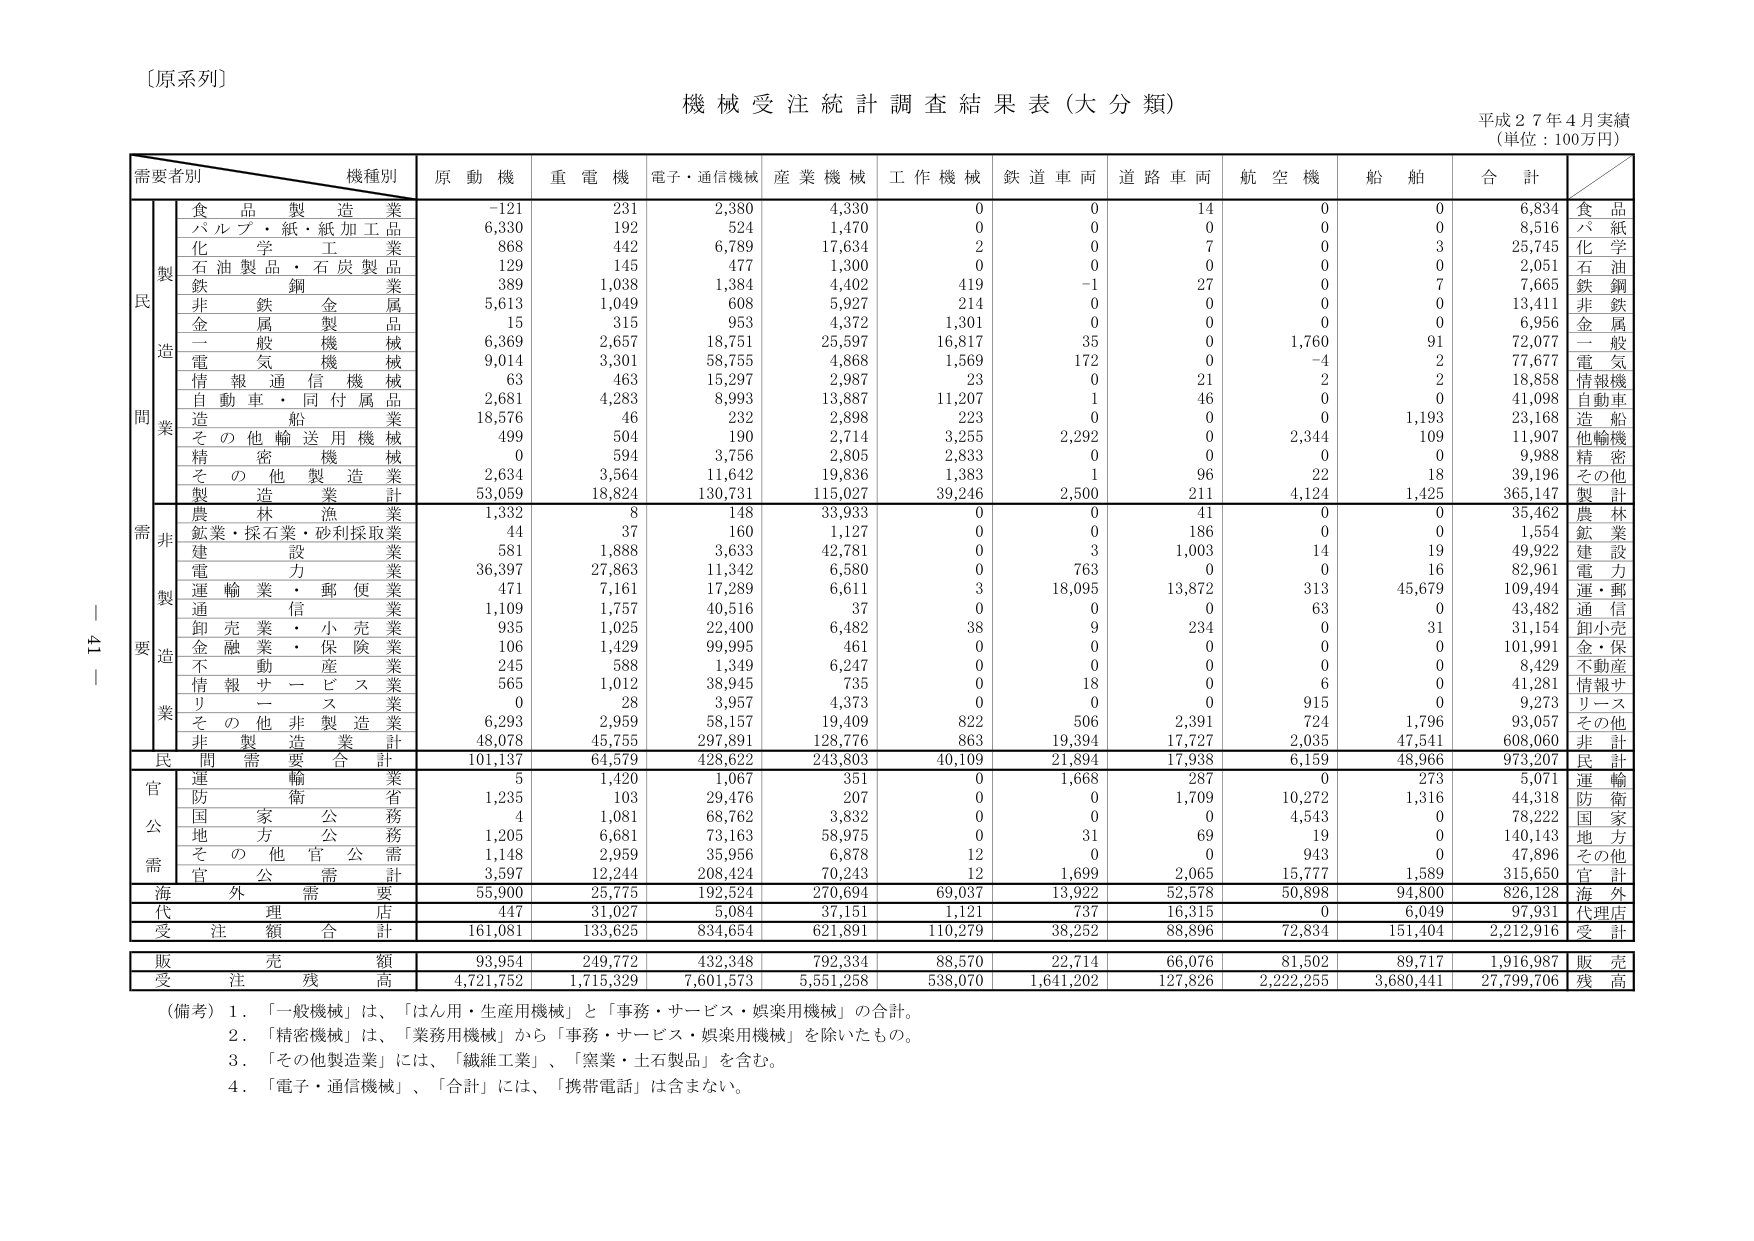
〔原系列〕

機械受注統計調査結果表（大分類）
平成２７年４月実績
（単位：100万円）

需要者別　　　　　　機種別　　　　　原動機　　重電機　　電子・通信機械　　産業機械　　工作機械　　鉄道車両　　道路車両　　航空機　　船舶　　合計

　　　　　　　　　　食品製造業　　　　-121　　　231　　　　2,380　　　　4,330　　　　0　　　　0　　　　14　　　　0　　　　0　　　　6,834　　食品
　　　　　　　　　　パルプ・紙・繊加工品　　6,330　　　192　　　　524　　　　1,470　　　　0　　　　0　　　　0　　　　0　　　　0　　　　8,516　　パ紙
　　　　　　　　　　化学工業　　　　　　868　　　　442　　　　6,789　　　　17,634　　　　2　　　　0　　　　7　　　　0　　　　3　　　　25,745　　化学
　　　　　　　　　　石油製品・石炭製品　　129　　　　145　　　　477　　　　1,300　　　　0　　　　0　　　　0　　　　0　　　　0　　　　2,051　　石油
　　　　　　　　　　鉄鋼業　　　　　　　389　　　　1,038　　　　1,384　　　　4,402　　　　419　　　　-1　　　　27　　　　0　　　　7　　　　7,665　　鉄鋼
　　　　　　　　　　非鉄金属業　　　　　5,613　　　1,049　　　　608　　　　5,927　　　　214　　　　0　　　　0　　　　0　　　　0　　　　13,411　　非鉄
　　　　　　　　　　金属製品業　　　　　15　　　　315　　　　953　　　　4,372　　　　1,301　　　　0　　　　0　　　　0　　　　0　　　　6,956　　金属
　　　　　　　　　　一般機械　　　　　　6,369　　　2,657　　　　18,751　　　　25,597　　　　16,817　　　　35　　　　0　　　　1,760　　　　91　　　　72,077　　一般
　　　　　　　　　　電気機械　　　　　　9,014　　　3,301　　　　58,755　　　　4,868　　　　1,569　　　　172　　　　0　　　　-4　　　　2　　　　77,677　　電気
　　　　　　　　　　情報通信機械　　　　63　　　　463　　　　15,297　　　　2,987　　　　23　　　　0　　　　21　　　　2　　　　2　　　　18,858　　情報機
　　　　　　　　　　自動車・同付属品　　2,681　　　4,283　　　　8,993　　　　13,887　　　　11,207　　　　1　　　　46　　　　0　　　　0　　　　41,098　　自動車
　　　　　　　　　　造船業　　　　　　　18,576　　　46　　　　232　　　　2,898　　　　223　　　　0　　　　0　　　　0　　　　1,193　　　23,168　　造船
　　　　　　　　　　その他輸送用機械　　499　　　　504　　　　190　　　　2,714　　　　3,255　　　　2,292　　　　0　　　　2,344　　　　109　　　　11,907　　他輸機
　　　　　　　　　　精密機械　　　　　　0　　　　594　　　　3,756　　　　2,805　　　　2,833　　　　0　　　　0　　　　0　　　　0　　　　9,988　　精密
　　　　　　　　　　その他製造業　　　　2,634　　　3,564　　　　11,642　　　　19,836　　　　1,383　　　　1　　　　96　　　　22　　　　18　　　　39,196　　その他
　　　　　　　　　　製造業計　　　　　　53,059　　　18,824　　　130,731　　　115,027　　　39,246　　　2,500　　　211　　　　4,124　　　1,425　　　365,147　　製計

　　　　　　　　　　農林漁業　　　　　　1,332　　　8　　　　148　　　　33,933　　　　0　　　　0　　　　41　　　　0　　　　0　　　　35,462　　農林
　　　　　　　　　　鉱業・採石業・砂利採取業　　44　　　37　　　　160　　　　1,127　　　　0　　　　0　　　　186　　　　0　　　　0　　　　1,554　　鉱業
　　　　　　　　　　建設業　　　　　　　581　　　1,888　　　　3,633　　　　42,781　　　　0　　　　3　　　　1,003　　　　14　　　　19　　　　49,922　　建設
　　　　　　　　　　電力業　　　　　　　36,397　　　27,863　　　11,342　　　　6,580　　　　0　　　　763　　　　0　　　　0　　　　16　　　　82,961　　電力
　　　　　　　　　　運輸業・郵便業　　　471　　　7,161　　　　17,289　　　　6,611　　　　3　　　　18,095　　　13,872　　　313　　　　45,679　　　109,494　　運・郵
　　　　　　　　　　通信業　　　　　　　1,109　　　1,757　　　　40,516　　　　37　　　　0　　　　0　　　　0　　　　63　　　　0　　　　43,482　　通信
　　　　　　　　　　卸売業・小売業　　　935　　　1,025　　　　22,400　　　　6,482　　　　38　　　　9　　　　234　　　　0　　　　31　　　　31,154　　卸小売
　　　　　　　　　　金融業・保険業　　　106　　　1,429　　　　99,995　　　　461　　　　0　　　　0　　　　0　　　　0　　　　0　　　　101,991　　金・保
　　　　　　　　　　不動産業　　　　　　245　　　588　　　　1,349　　　　6,247　　　　0　　　　0　　　　0　　　　0　　　　0　　　　8,429　　不動産
　　　　　　　　　　情報サービス業　　　565　　　1,012　　　　38,945　　　　735　　　　0　　　　18　　　　0　　　　6　　　　0　　　　41,281　　情報サ
　　　　　　　　　　リース業　　　　　　0　　　　28　　　　3,957　　　　4,373　　　　0　　　　0　　　　0　　　　915　　　　0　　　　9,273　　リース
　　　　　　　　　　その他非製造業　　　6,293　　　2,959　　　　58,157　　　　19,409　　　　822　　　　506　　　　2,391　　　　724　　　　1,796　　　93,057　　その他
　　　　　　　　　　非製造業計　　　　　48,078　　　45,755　　　297,891　　　128,776　　　863　　　　19,394　　　17,727　　　2,035　　　47,541　　　608,060　　非計
　　　　　　　　　　民需要合計　　　　　101,137　　　64,579　　　428,622　　　243,803　　　40,109　　　21,894　　　17,938　　　6,159　　　48,966　　　973,207　　民計

　　　　　　　　　　運輸業　　　　　　　5　　　　1,420　　　　1,067　　　　351　　　　0　　　　1,668　　　287　　　　0　　　　273　　　　5,071　　運輸
　　　　　　　　　　防衛省　　　　　　　1,235　　　103　　　　29,476　　　　207　　　　0　　　　0　　　　1,709　　　　10,272　　　1,316　　　44,318　　防衛
　　　　　　　　　　国家公務　　　　　　4　　　　1,081　　　　68,762　　　　3,832　　　　0　　　　0　　　　0　　　　4,543　　　　0　　　　78,222　　国家
　　　　　　　　　　地方公務　　　　　　1,205　　　6,681　　　　73,163　　　　58,975　　　　0　　　　31　　　　69　　　　19　　　　0　　　　140,143　　地方
　　　　　　　　　　その他官公需　　　　1,148　　　2,959　　　　35,956　　　　6,878　　　　12　　　　0　　　　0　　　　943　　　　0　　　　47,896　　その他
　　　　　　　　　　官公需計　　　　　　3,597　　　12,244　　　208,424　　　70,243　　　12　　　　1,699　　　2,065　　　15,777　　　1,589　　　315,650　　官計

　　　　　　　　　　海外需要　　　　　　55,900　　　25,775　　　192,524　　　270,694　　　69,037　　　13,922　　　52,578　　　50,898　　　94,800　　　826,128　　海外

　　　　　　　　　　代理店　　　　　　　447　　　　31,027　　　　5,084　　　　37,151　　　　1,121　　　　737　　　　16,315　　　　0　　　　6,049　　　97,931　　代理店

　　　　　　　　　　受注額合計　　　　　161,081　　　133,625　　　834,654　　　621,891　　　110,279　　　38,252　　　88,896　　　72,834　　　151,404　　　2,212,916　　受計

　　　　　　　　　　販売額　　　　　　　93,954　　　249,772　　　432,348　　　792,334　　　88,570　　　22,714　　　66,076　　　81,502　　　89,717　　　1,916,987　　販売

　　　　　　　　　　受注残高　　　　　　4,721,752　　　1,715,329　　　7,601,573　　　5,551,258　　　538,070　　　1,641,202　　　127,826　　　2,222,255　　　3,680,441　　　27,799,706　　残高

（備考）1．「一般機械」は、「はん用・生産用機械」と「事務・サービス・娯楽用機械」の合計。
　　　　2．「精密機械」は、「業務用機械」から「事務・サービス・娯楽用機械」を除いたもの。
　　　　3．「その他製造業」には、「繊維工業」、「窯業・土石製品」を含む。
　　　　4．「電子・通信機械」、「合計」には、「携帯電話」は含まない。